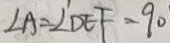
\angle A = \angle D E F = 9 0 ^ { \circ }